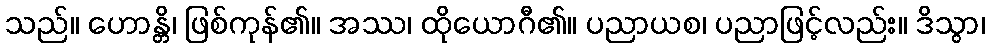
သည်။ ဟောန္တိ၊ ဖြစ်ကုန်၏။ အဿ၊ ထိုယောဂီ၏။ ပညာယစ၊ ပညာဖြင့်လည်း။ ဒိသွာ၊